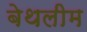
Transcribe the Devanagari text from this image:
बेथलीम